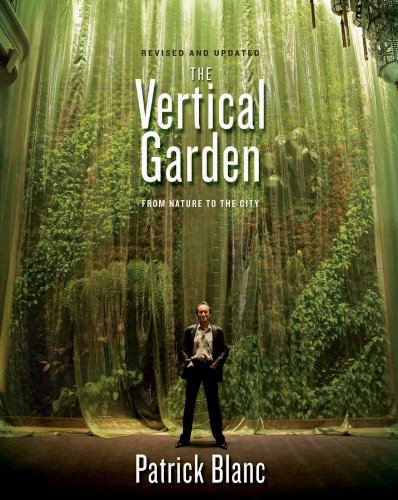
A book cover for The Vertical Garden: From Nature to the City (Revised and Updated); Patrick Blanc; Crafts, Hobbies & Home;